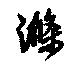
滌